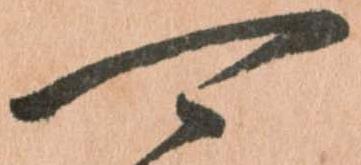
可